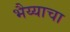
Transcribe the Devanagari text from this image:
भैय्याचा